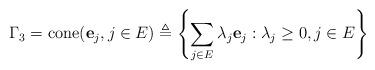
LaTeX: \begin{align*} \Gamma_3 =\mathrm{cone}(\mathbf{e}_j,j\in E)&\triangleq \left\{\sum_{j\in E} \lambda_j\mathbf{e}_j: \lambda_j\geq 0, j\in E\right\}\end{align*}